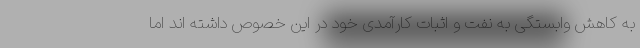
به کاهش وابستگی به نفت و اثبات کارآمدی خود در این خصوص داشته اند اما